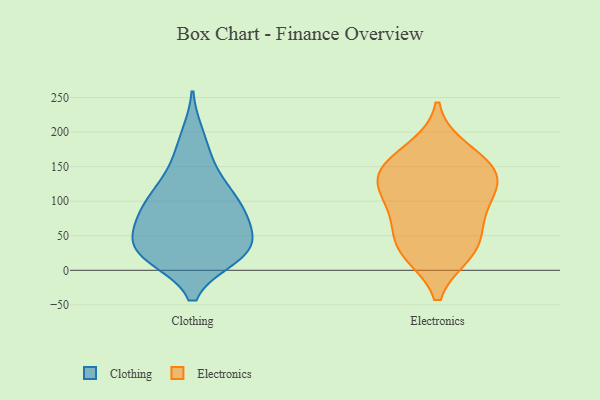
{"axis": {"x": "Gross Profit (USD K)", "y": "Value"}, "legend": ["Clothing", "Electronics"], "data": [{"x": "", "y": 90, "type": "Clothing"}, {"x": "", "y": 195, "type": "Clothing"}, {"x": "", "y": 164, "type": "Clothing"}, {"x": "", "y": 77, "type": "Clothing"}, {"x": "", "y": 20, "type": "Clothing"}, {"x": "", "y": 131, "type": "Clothing"}, {"x": "", "y": 123, "type": "Clothing"}, {"x": "", "y": 82, "type": "Clothing"}, {"x": "", "y": 51, "type": "Clothing"}, {"x": "", "y": 33, "type": "Clothing"}, {"x": "", "y": 30, "type": "Clothing"}, {"x": "", "y": 102, "type": "Clothing"}, {"x": "", "y": 21, "type": "Clothing"}, {"x": "", "y": 87, "type": "Clothing"}, {"x": "", "y": 24, "type": "Clothing"}, {"x": "", "y": 53, "type": "Clothing"}, {"x": "", "y": 25, "type": "Clothing"}, {"x": "", "y": 28, "type": "Electronics"}, {"x": "", "y": 74, "type": "Electronics"}, {"x": "", "y": 112, "type": "Electronics"}, {"x": "", "y": 38, "type": "Electronics"}, {"x": "", "y": 26, "type": "Electronics"}, {"x": "", "y": 151, "type": "Electronics"}, {"x": "", "y": 140, "type": "Electronics"}, {"x": "", "y": 142, "type": "Electronics"}, {"x": "", "y": 125, "type": "Electronics"}, {"x": "", "y": 87, "type": "Electronics"}, {"x": "", "y": 174, "type": "Electronics"}]}